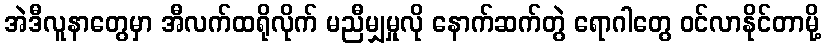
အဲဒီလူနာတွေမှာ အီလက်ထရိုလိုက် မညီမျှမှုလို နောက်ဆက်တွဲ ရောဂါတွေ ဝင်လာနိုင်တာမို့